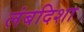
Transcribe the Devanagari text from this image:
लंबदिशा